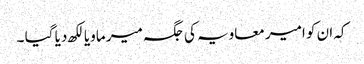
کہ ان کو امیر معاویہ کی جگہ میر ماویا لکھ دیا گیا ۔